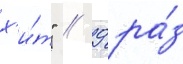
х'и́т" // 9 ра́з